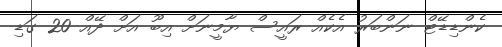
ކެންޑިޑޭޓް ނަންބަރު އެކެއް ރައީސް ޔާމީނަށް އިބޫ އަށް ދޭއް 20 ގަޑި